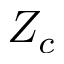
Z _ { c }